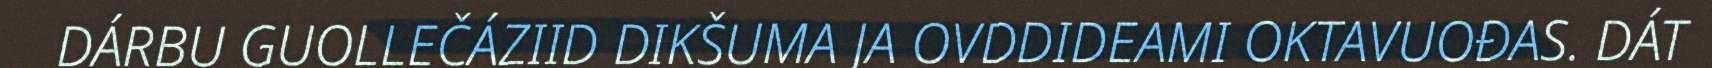
DÁRBU GUOLLEČÁZIID DIKŠUMA JA OVDDIDEAMI OKTAVUOĐAS. DÁT